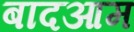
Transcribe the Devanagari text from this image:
बादआम